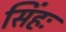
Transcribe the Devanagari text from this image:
सिंहः